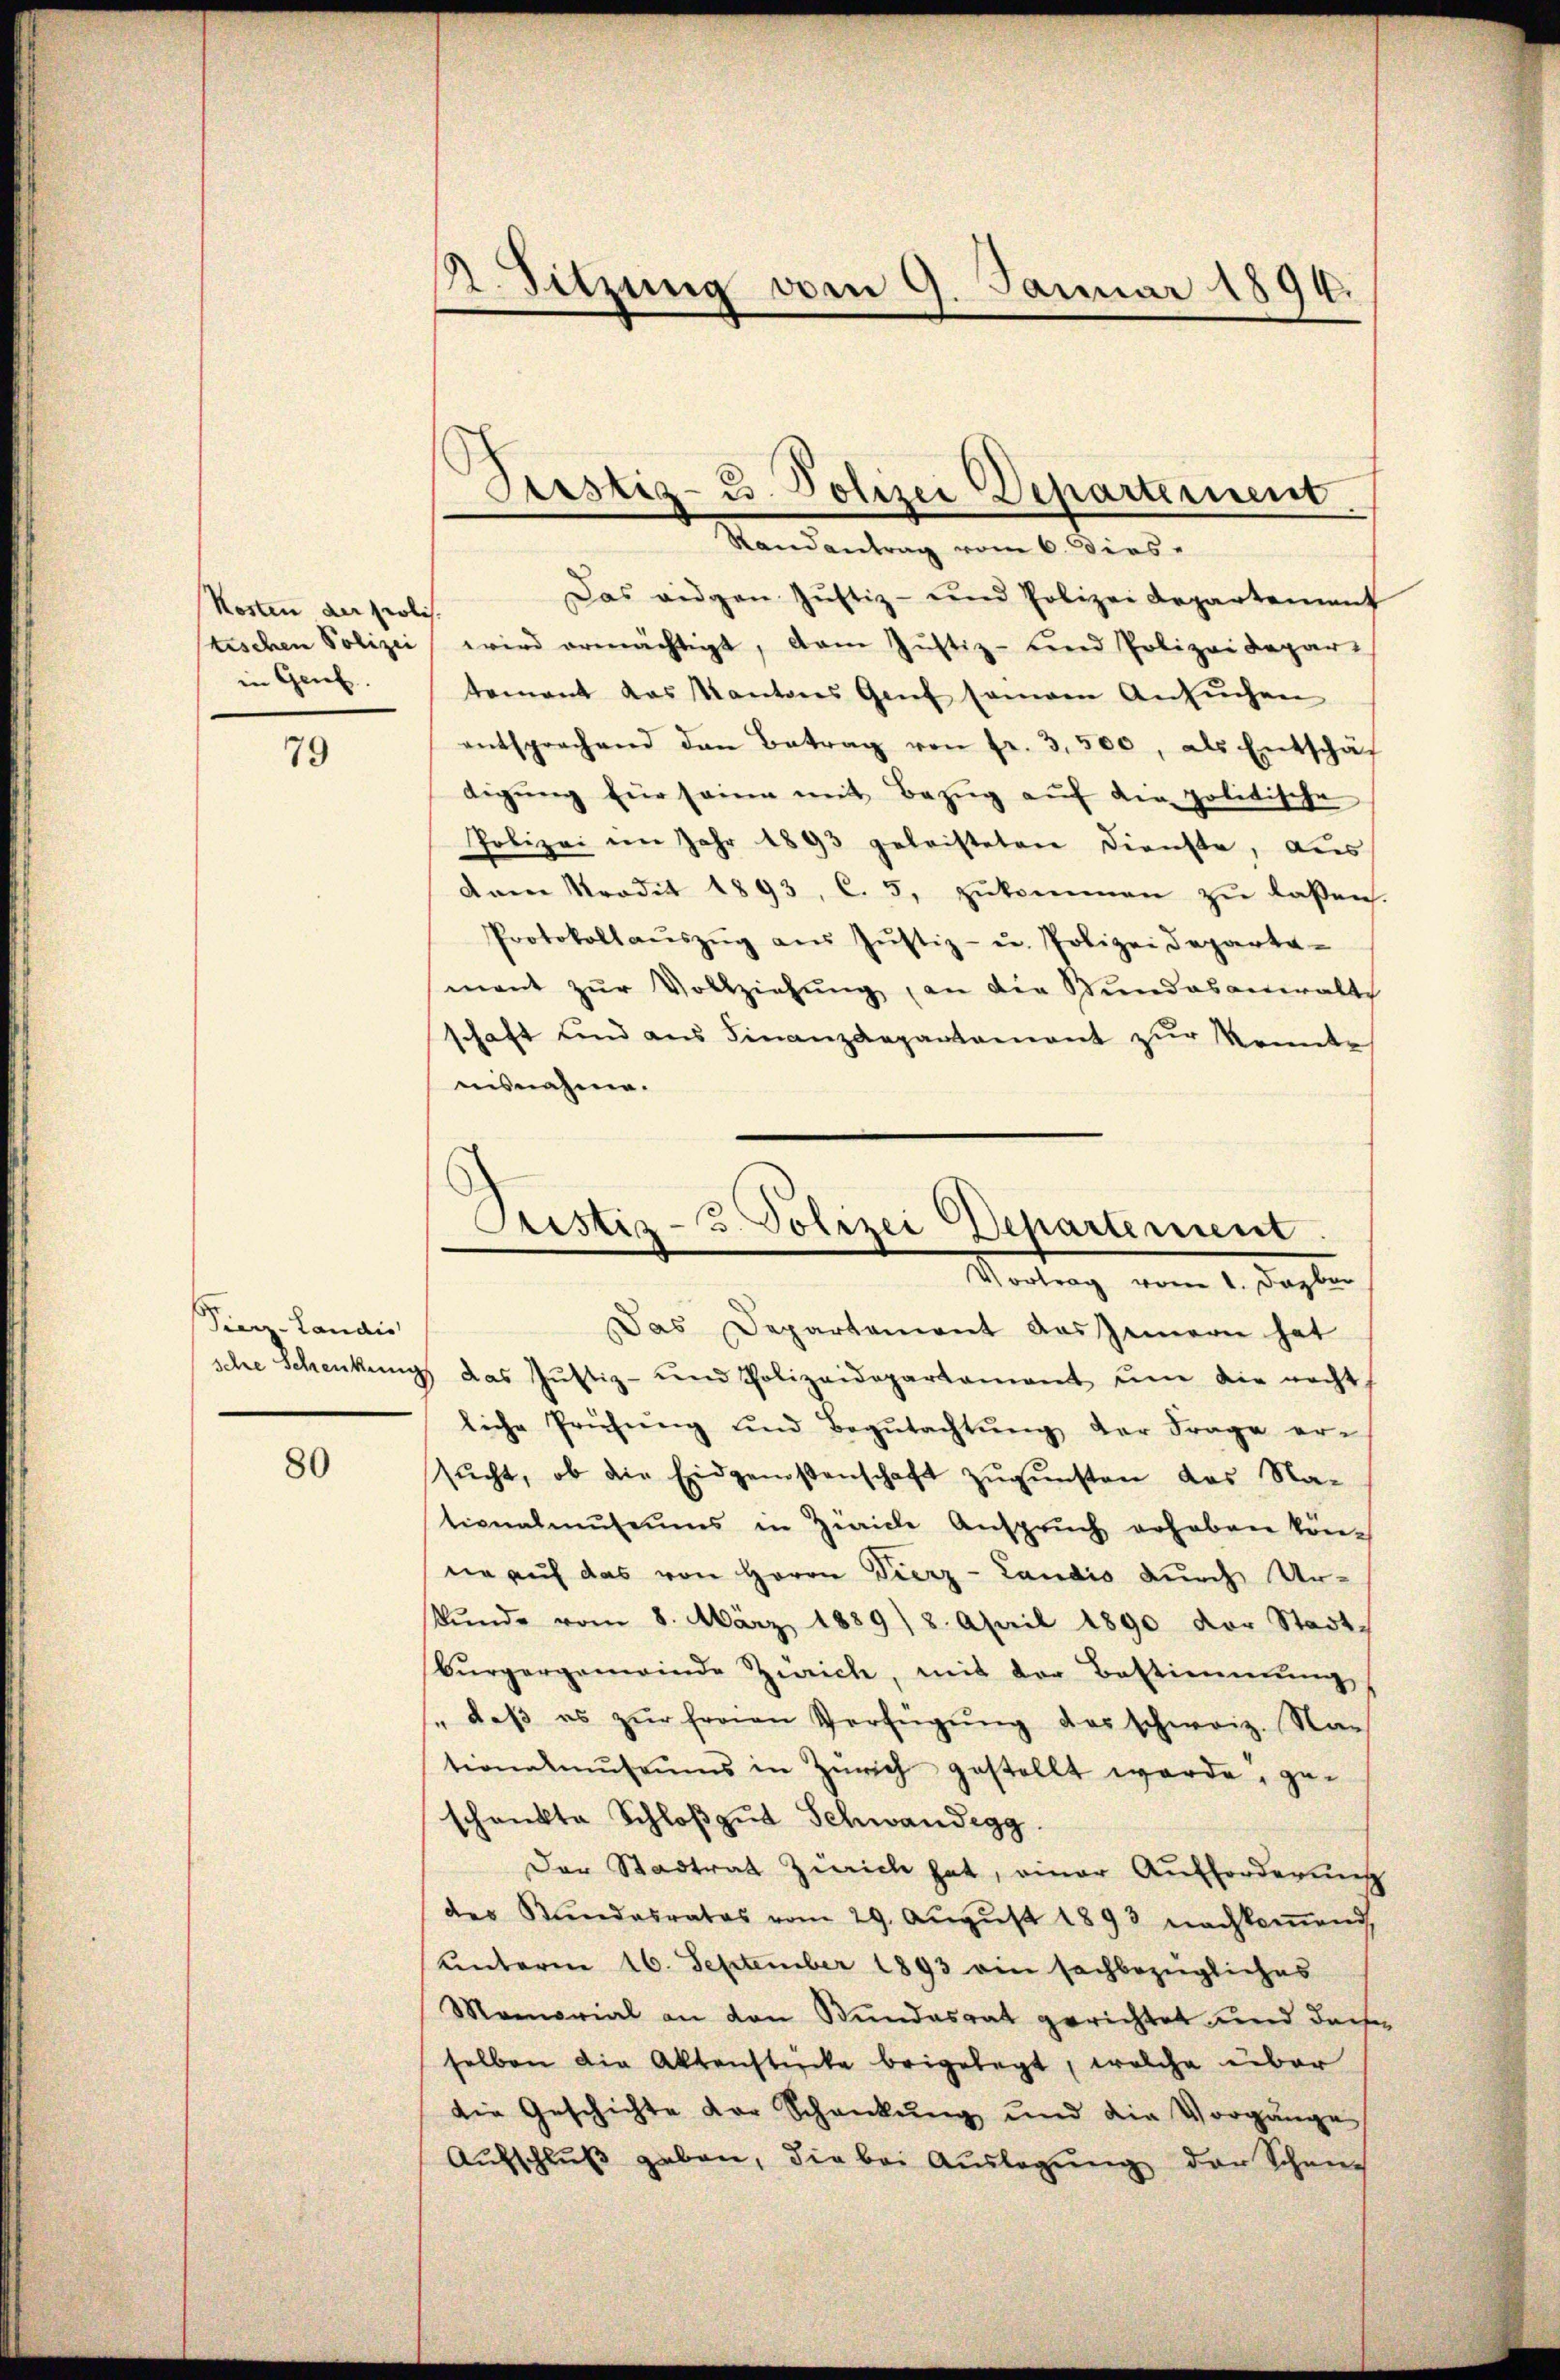
Kosten der prolis.
in Genf

79

Fierz-Landis

80

A. Sitzung vom 9. Januar 1894.

Randantrag vom 6. Dies-
Das eigen Jŭstiz- und Polizei Departement
stischen Polizei wird ermächtigt, dam Justiz- und Polizeidepar-
tement das Kantons Genf seinem Ansŭchen
entsprechend den Betrag von fr. 3,500, als Entschäf
digŭng für seine mit Bezŭg aŭf die politische
Polizei im Jahr 1893 geleisteten Dienste, aus
dam tradit 1893, C. 5, zŭkommen zŭ lassen.
Protokollaŭszŭg aŭs Jŭstiz- u. Polizeideparte-
mant zŭr Vollziehŭng an die Stŭndesanwalts
schaft und aus Finanzdepartement zur konnte
nisnahme.
Das Departement das Zimern hat
sehe Schenkung das Gŭstiz- und Polizeidepartament um die nacht,
liche Prüfŭng und Begŭtachtŭng der Frage ersŭcht, ob die Eidgenoßenschaft zŭgŭnsten das Na-
tionalmuseums in Zürich Anspruch erhaben kön-
nie auf das von Herrn Vierz- Landis durch Urkŭnde vom 8. März 1889/ 8. April 1890 der Stadt-
Bürgergemeinde Zürich, mit der Bestimmung
" daβ es zŭr fraan Verfügŭng des schweiz. Na-
tionalmŭsaŭms in Zürich gestellt werde, ge-
schenkte Schloßgut Schwandegg.
Der Stadtrat Zürich hat, einer Aufforderung
des Kŭndesrates vom 29. Aŭgŭst 1893 nachkoṁend,
Lnterm 16. September 1893 ein sachbezügliches
Momorial an den Bundesrat gerichtet und doch
selben die Aktenstücke beigelegt, welche über
die Geschichte der Schankŭng und die Vorgänge
Aŭfschlŭβ geben, die bei Auslegung der Schan

Bestig- u. Polizei Departement

Aristiz-3. Polizei Departement
Vertrag vom 1. Septer